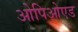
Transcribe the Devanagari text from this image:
ओपिओएड